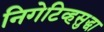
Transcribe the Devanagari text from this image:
निगेटिव्हसुद्धा